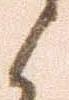
候